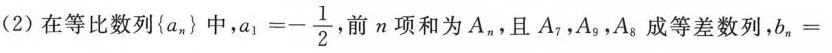
(2)在等比数列{ax_{ n}}中， $$a _ { 1 } = - \frac { 1 } { 2 }$$ ，前n项和为A_{ n } ，且A_{7}，A_{9}，A_{8}成等差数列，$$b _ { n } =